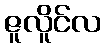
ဇူလိူင်လ